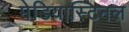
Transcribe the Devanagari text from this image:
मेडियास्टिनल